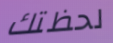
لحظتك